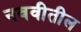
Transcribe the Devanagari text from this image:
नववीतील